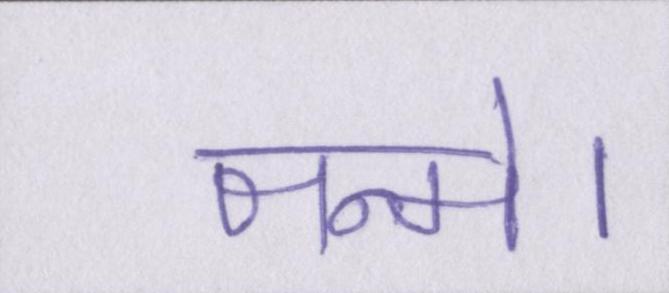
जन्मे।